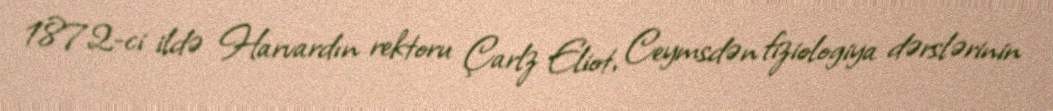
1872-ci ildə Harvardın rektoru Çarlz Eliot, Ceymsdən fiziologiya dərslərinin